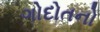
ગોદોતનો